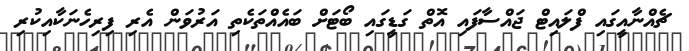
ޗެއްނާއީގައި ފްލައިޓް ޖައްސާފައި އޮތް ގަޑީގައި ބޯޓަށް ބައެއްތަކެތި އަރުވަން އެރި ފިރިހެނަކާއިކުރި